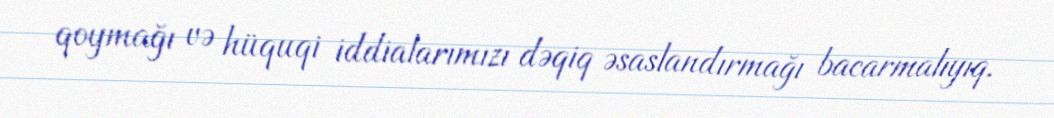
qoymağı və hüquqi iddialarımızı dəqiq əsaslandırmağı bacarmalıyıq.